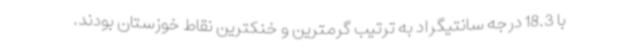
با 18.3 درجه سانتیگراد به ترتیب گرمترین و خنکترین نقاط خوزستان بودند.